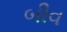
બીવ